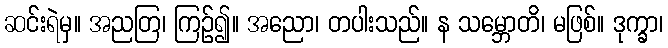
ဆင်းရဲမှ။ အညတြ၊ ကြဉ်၍။ အညော၊ တပါးသည်။ န သမ္ဘောတိ၊ မဖြစ်။ ဒုက္ခာ၊